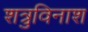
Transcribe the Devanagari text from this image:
शत्रुविनाश